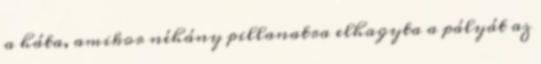
a háta, amikor néhány pillanatra elhagyta a pályát az